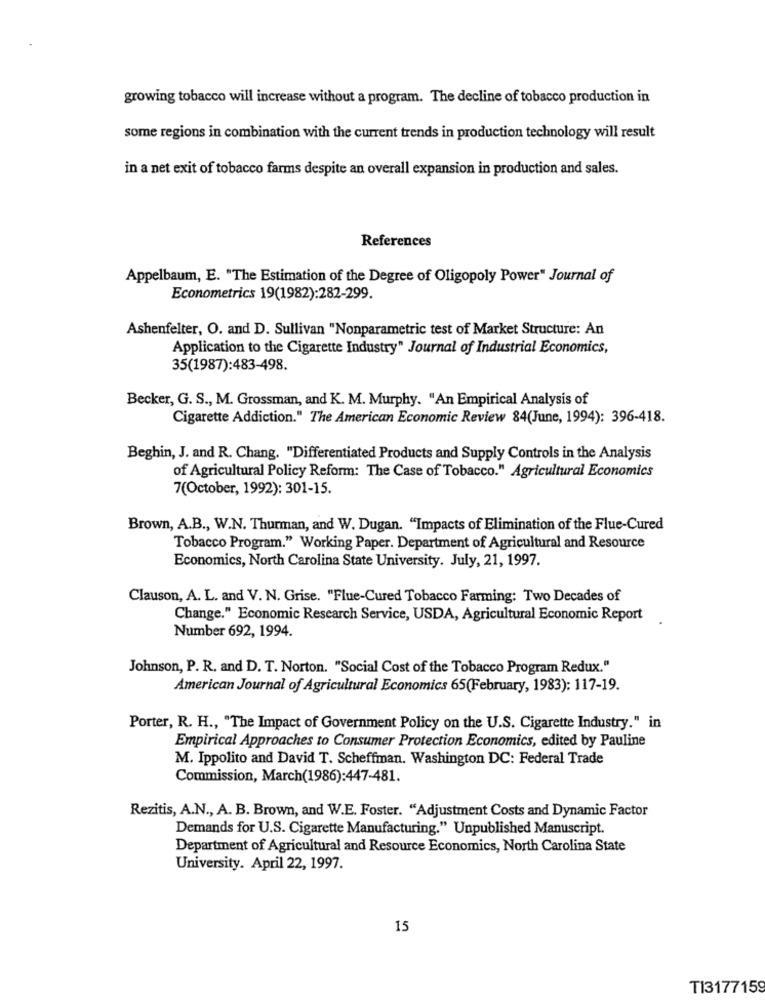
growing tobacco will increase without a program. The decline of tobacco production in
some regions in combination with the current trends in production technology will result
in a net exit of tobacco farms despite an overall expansion in production and sales.
References
Appelbaum, E. "The Estimation of the Degree of Oligopoly Power" Journal of
Econometrics 19(1982):282-299.
Ashenfelter, O. and D. Sullivan "Nonparametric test of Market Structure: An
Application to the Cigarette Industry" Journal of Industrial Economics,
35(1987):483-498.
Becker, G. S ., M. Grossman, and K. M. Murphy. "An Empirical Analysis of
Cigarette Addiction." The American Economic Review 84(June, 1994): 396-418.
Beghin, J. and R. Chang. "Differentiated Products and Supply Controls in the Analysis
of Agricultural Policy Reform: The Case of Tobacco." Agricultural Economics
7(October, 1992): 301-15.
Brown, A.B ., W.N. Thurman, and W. Dugan. "Impacts of Elimination of the Flue-Cured
Tobacco Program." Working Paper. Department of Agricultural and Resource
Economics, North Carolina State University. July, 21, 1997.
Clauson, A. L. and V. N. Grise. "Flue-Cured Tobacco Farming: Two Decades of
Change." Economic Research Service, USDA, Agricultural Economic Report
Number 692, 1994.
Johnson, P. R. and D. T. Norton. "Social Cost of the Tobacco Program Redux."
American Journal of Agricultural Economics 65(February, 1983): 117-19.
Porter, R. H ., "The Impact of Government Policy on the U.S. Cigarette Industry." in
Empirical Approaches to Consumer Protection Economics, edited by Pauline
M. Ippolito and David T. Scheffman. Washington DC: Federal Trade
Commission, March(1986):447-481.
Rezitis, A.N ., A. B. Brown, and W.E. Foster. "Adjustment Costs and Dynamic Factor
Demands for U.S. Cigarette Manufacturing." Unpublished Manuscript.
Department of Agricultural and Resource Economics, North Carolina State
University. April 22, 1997.
15
TI3177159